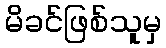
မိခင်ဖြစ်သူမှ